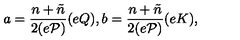
a = \frac { n + \tilde { n } } { 2 ( e \cal { P } ) } ( e Q ) , b = \frac { n + \tilde { n } } { 2 ( e \cal { P } ) } ( e K ) ,